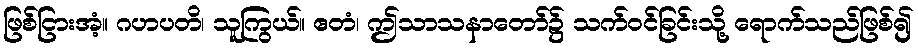
ဖြစ်ငြားအံ့။ ဂဟပတိ၊ သူကြွယ်။ ဧတံ၊ ဤသာသနာတော်၌ သက်ဝင်ခြင်းသို့ ရောက်သည်ဖြစ်၍